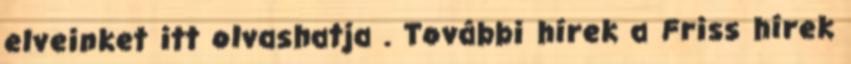
elveinket itt olvashatja . További hírek a Friss hírek